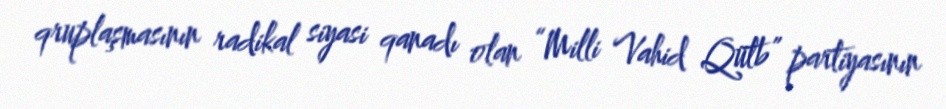
qruplaşmasının radikal siyasi qanadı olan “Milli Vahid Qütb” partiyasının